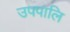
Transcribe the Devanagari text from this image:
उपपालि